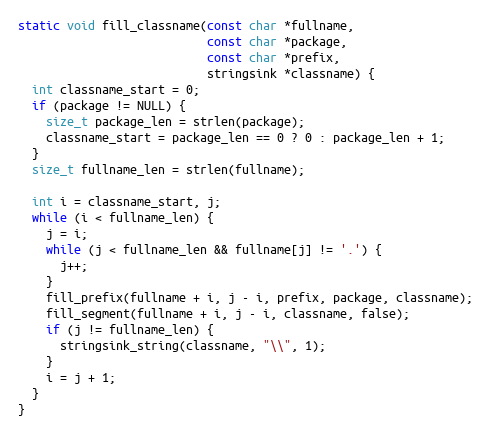
Language: C
static void fill_classname(const char *fullname,
                           const char *package,
                           const char *prefix,
                           stringsink *classname) {
  int classname_start = 0;
  if (package != NULL) {
    size_t package_len = strlen(package);
    classname_start = package_len == 0 ? 0 : package_len + 1;
  }
  size_t fullname_len = strlen(fullname);

  int i = classname_start, j;
  while (i < fullname_len) {
    j = i;
    while (j < fullname_len && fullname[j] != '.') {
      j++;
    }
    fill_prefix(fullname + i, j - i, prefix, package, classname);
    fill_segment(fullname + i, j - i, classname, false);
    if (j != fullname_len) {
      stringsink_string(classname, "\\", 1);
    }
    i = j + 1;
  }
}